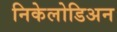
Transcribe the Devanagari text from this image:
निकेलोडिअन